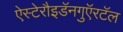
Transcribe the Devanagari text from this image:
ऐस्टेरौइडॅनगुऍरटॅल